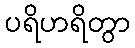
ပရိဟရိတွာ